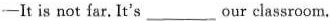
—It is not far.It's ___ our classroom.